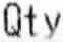
QTY